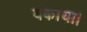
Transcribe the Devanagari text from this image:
बकाया।